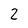
Character: 2